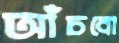
আঁচবো